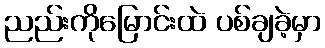
ညည်းကိုမြောင်းထဲ ပစ်ချခဲ့မှာ